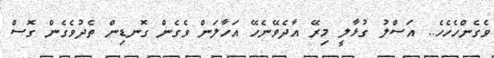
ވެގެންހެހެހެ.. އަސްލު ގުޅާލީ މިރޭ އާދެވޭނެހޭ އަހާލަން ވެގެން ގޮނޑިން ތެދުވެގެން ގޮސް